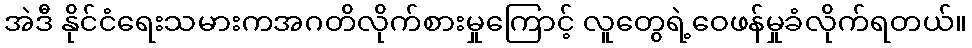
အဲဒီ နိုင်ငံရေးသမားကအဂတိလိုက်စားမှုကြောင့် လူတွေရဲ့ဝေဖန်မှုခံလိုက်ရတယ်။